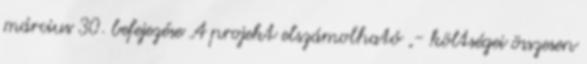
március 30. befejezése A projekt elszámolható ,- költségei összesen